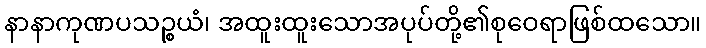
နာနာကုဏပသဉ္စယံ၊ အထူးထူးသောအပုပ်တို့၏စုဝေရာဖြစ်ထသော။